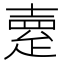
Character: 𤴞